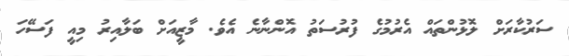
ސަރުކާރަށް ލޮޅުންތައް އެރުމުގެ ފުރުސަތު އޮންނާނެ އެވެ. މާޒީއަށް ބަލާއިރު މިއީ ފަސޭހަ